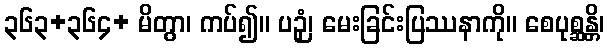
၃၆၃+၃၆၄+ မိတွာ၊ ကပ်၍။ ပဉှံ၊ မေးခြင်းပြဿနာကို။ စေပုစ္ဆန္တိ၊